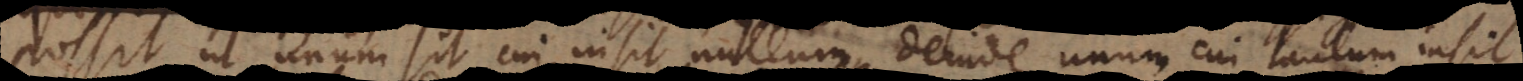
possit, ut unum sit cui insit nullum, deinde unum cui tantum insit